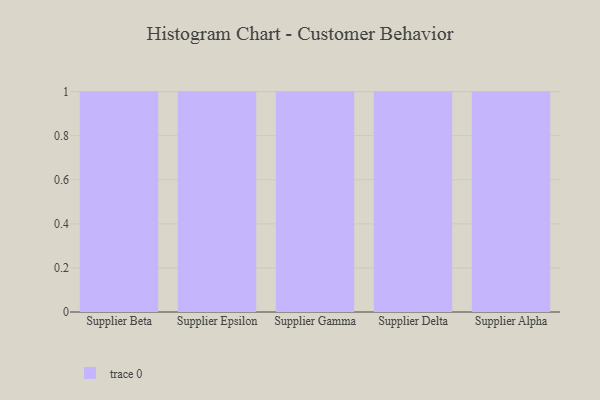
{"axis": {"x": "Supplier", "y": "Gross Profit (USD K)"}, "legend": [""], "data": [{"x": "Supplier Beta", "y": 5, "type": ""}, {"x": "Supplier Epsilon", "y": 36, "type": ""}, {"x": "Supplier Gamma", "y": 78, "type": ""}, {"x": "Supplier Delta", "y": 3, "type": ""}, {"x": "Supplier Alpha", "y": 4, "type": ""}]}